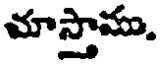
మాస్తామ.